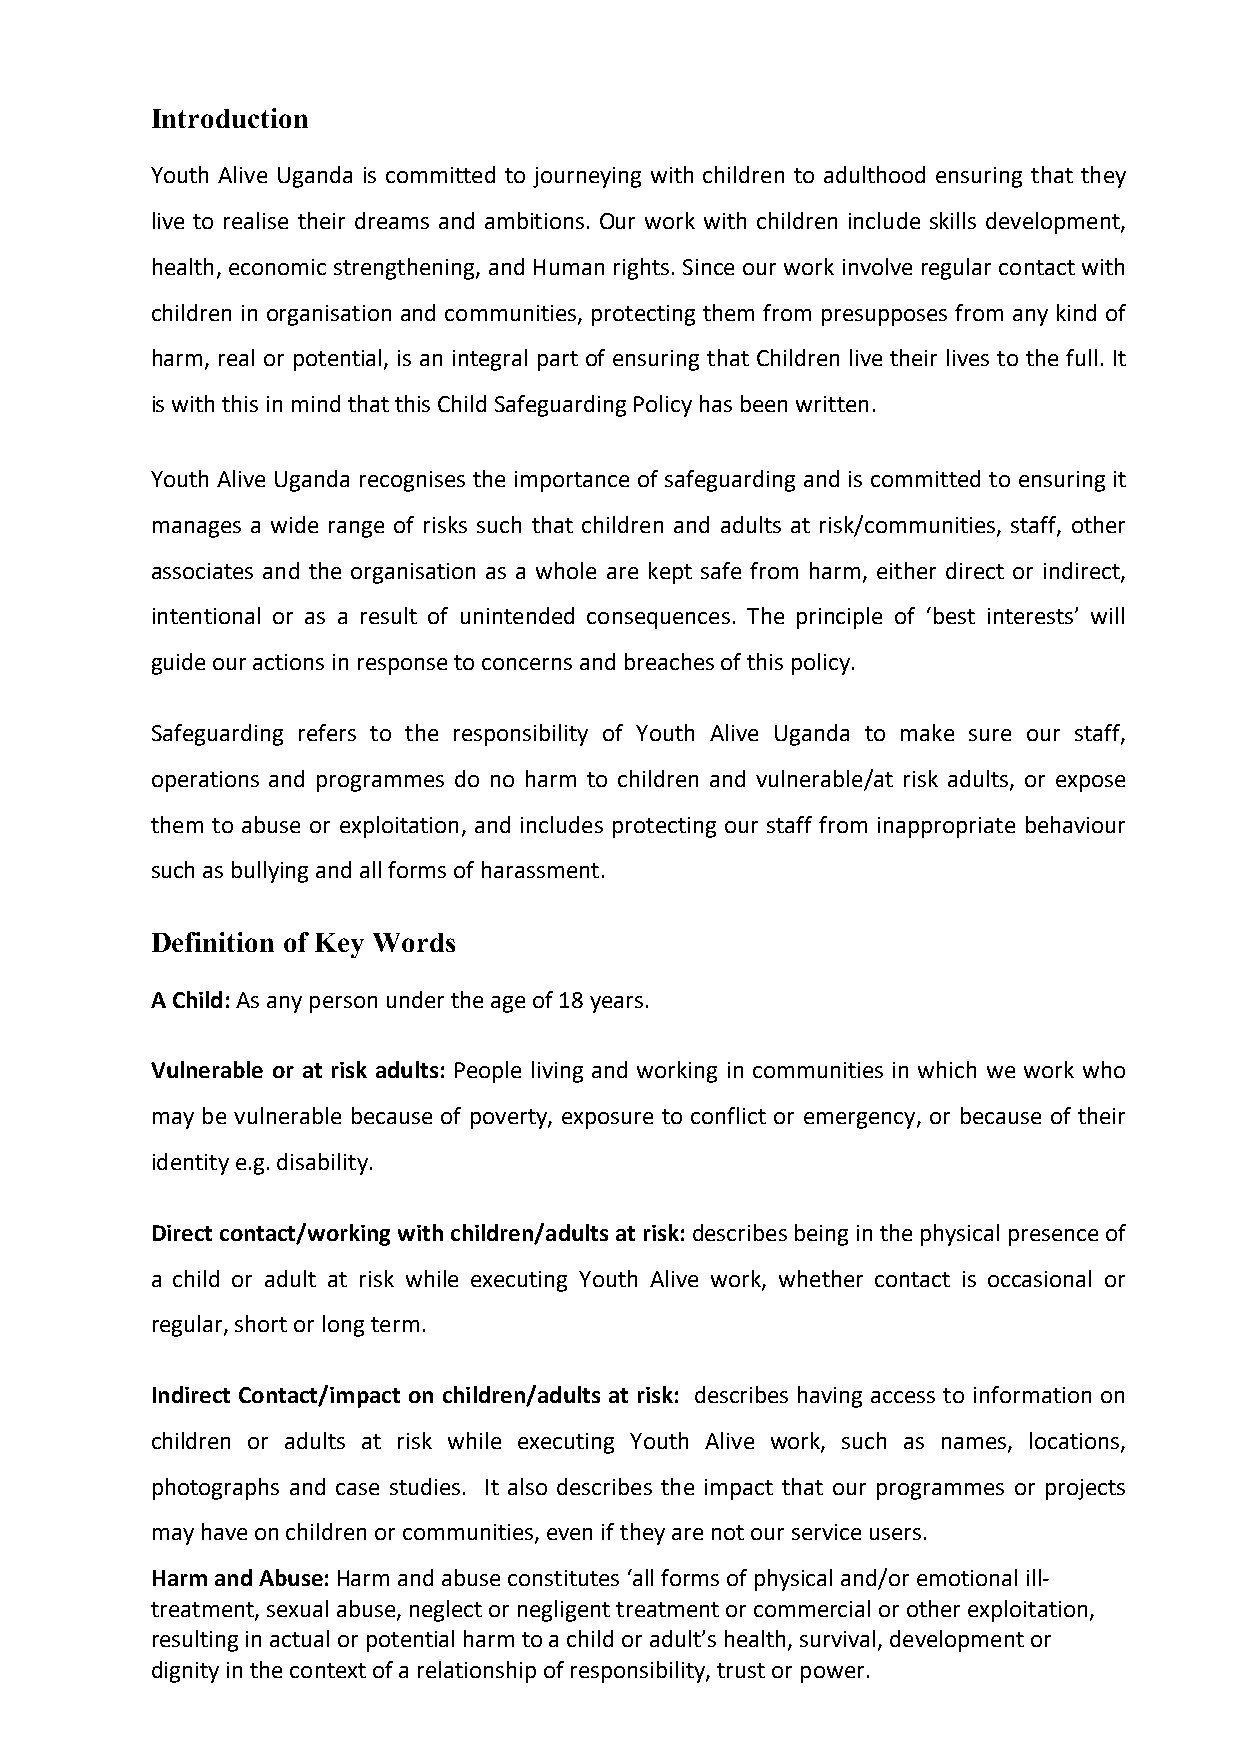
Introduction
 Youth Alive Uganda is committed to journeying with children to adulthood ensuring that they
 live to realise their dreams and ambitions. Our work with children include skills development,
 health, economic strengthening, and Human rights. Since our work involve regular contact with
 children in organisation and communities, protecting them from presupposes from any kind of
 harm, real or potential, is an integral part of ensuring that Children live their lives to the full. It
 is with this in mind that this Child Safeguarding Policy has been written.
 Youth Alive Uganda recognises the importance of safeguarding and is committed to ensuring it
 manages a wide range of risks such that children and adults at risk/communities, staff, other
 associates and the organisation as a whole are kept safe from harm, either direct or indirect,
 intentional or as a result of unintended consequences. The principle of ‘best interests’ will
 guide our actions in response to concerns and breaches of this policy.
 Safeguarding refers to the responsibility of Youth Alive Uganda to make sure our staff,
 operations and programmes do no harm to children and vulnerable/at risk adults, or expose
 them to abuse or exploitation, and includes protecting our staff from inappropriate behaviour
 such as bullying and all forms of harassment.
 Definition of Key Words
 A Child: As any person under the age of 18 years.
 Vulnerable or at risk adults: People living and working in communities in which we work who
 may be vulnerable because of poverty, exposure to conflict or emergency, or because of their
 identity e.g. disability.
 Direct contact/working with children/adults at risk: describes being in the physical presence of
 a child or adult at risk while executing Youth Alive work, whether contact is occasional or
 regular, short or long term.
 Indirect Contact/impact on children/adults at risk: describes having access to information on
 children or adults at risk while executing Youth Alive work, such as names, locations,
 photographs and case studies. It also describes the impact that our programmes or projects
 may have on children or communities, even if they are not our service users.
 Harm and Abuse: Harm and abuse constitutes ‘all forms of physical and/or emotional ill-
 treatment, sexual abuse, neglect or negligent treatment or commercial or other exploitation,
 resulting in actual or potential harm to a child or adult’s health, survival, development or
 dignity in the context of a relationship of responsibility, trust or power.